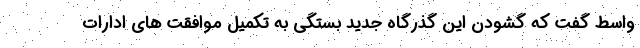
واسط گفت که گشودن این گذرگاه جدید بستگی به تکمیل موافقت های ادارات